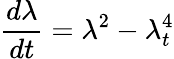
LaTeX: \frac{d\lambda}{dt}=\lambda^{2}-\lambda_{t}^{4}